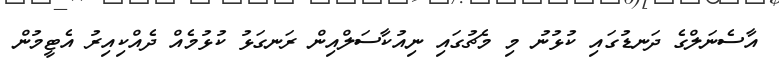
އާސެނަލްގެ ދަނޑުގައި ކުޅުނު މި މެޗުގައި ނިއުކާސަލްއިން ރަނގަޅު ކުޅުމެއް ދެއްކިއިރު އެޓީމުން